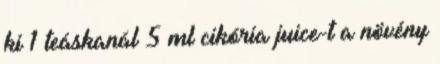
ki 1 teáskanál 5 ml cikória juice-t a növény